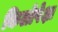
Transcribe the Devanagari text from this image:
किलोपेक्षा